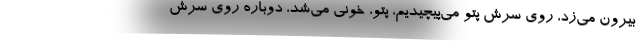
بيرون مي‌زد، روي سرش پتو مي‌پيچيديم، پتو، خوني مي‌شد، دوباره روي سرش